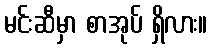
မင်းဆီမှာ စာအုပ် ရှိလား။